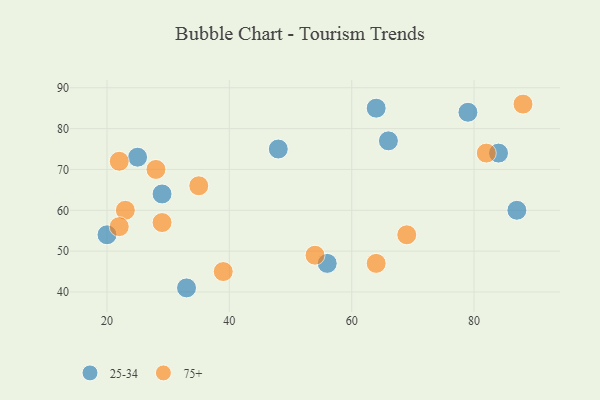
{"axis": {"x": "GDP", "y": "Life Expectancy"}, "legend": ["25-34", "75+"], "data": [{"x": "20", "y": 54, "type": "25-34"}, {"x": "84", "y": 74, "type": "25-34"}, {"x": "87", "y": 60, "type": "25-34"}, {"x": "33", "y": 41, "type": "25-34"}, {"x": "79", "y": 84, "type": "25-34"}, {"x": "29", "y": 64, "type": "25-34"}, {"x": "25", "y": 73, "type": "25-34"}, {"x": "66", "y": 77, "type": "25-34"}, {"x": "64", "y": 85, "type": "25-34"}, {"x": "56", "y": 47, "type": "25-34"}, {"x": "48", "y": 75, "type": "25-34"}, {"x": "29", "y": 57, "type": "75+"}, {"x": "88", "y": 86, "type": "75+"}, {"x": "35", "y": 66, "type": "75+"}, {"x": "64", "y": 47, "type": "75+"}, {"x": "39", "y": 45, "type": "75+"}, {"x": "69", "y": 54, "type": "75+"}, {"x": "82", "y": 74, "type": "75+"}, {"x": "22", "y": 72, "type": "75+"}, {"x": "54", "y": 49, "type": "75+"}, {"x": "23", "y": 60, "type": "75+"}, {"x": "28", "y": 70, "type": "75+"}, {"x": "22", "y": 56, "type": "75+"}]}